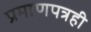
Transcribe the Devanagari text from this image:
प्रमाणपत्रही